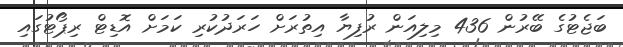
ބަޖެޓުގެ ބޭރުން 436 މިލިއަން ރުފިޔާ އިތުރަށް ހަރަދުކުރި ކަމަށް އޮޑިޓް ރިޕޯޓުގައި